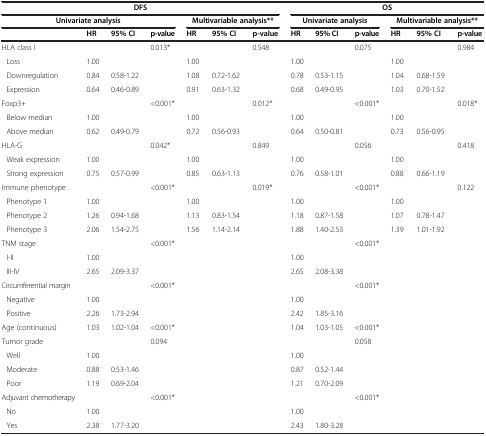
<table><thead><tr><td colspan="7"><b>DFS</b></td><td colspan="6"><b>OS</b></td></tr><tr><td colspan="4"><b>Univariate analysis</b></td><td colspan="3"><b>Multivariable analysis**</b></td><td colspan="3"><b>Univariate analysis</b></td><td colspan="3"><b>Multivariable analysis**</b></td></tr><tr><td><b> </b></td><td><b>HR</b></td><td><b>95% CI</b></td><td><b>p-value</b></td><td><b>HR</b></td><td><b>95% CI</b></td><td><b>p-value</b></td><td><b>HR</b></td><td><b>95% CI</b></td><td><b>p-value</b></td><td><b>HR</b></td><td><b>95% CI</b></td><td><b>p-value</b></td></tr></thead><tbody><tr><td>HLA class I</td><td> </td><td> </td><td>0.013*</td><td> </td><td> </td><td>0.548</td><td> </td><td> </td><td>0.075</td><td> </td><td> </td><td rowspan="4">0.984</td></tr><tr><td> Loss</td><td>1.00</td><td> </td><td> </td><td>1.00</td><td> </td><td> </td><td>1.00</td><td> </td><td> </td><td>1.00</td><td> </td></tr><tr><td> Downregulation</td><td>0.84</td><td>0.58-1.22</td><td> </td><td>1.08</td><td>0.72-1.62</td><td> </td><td>0.78</td><td>0.53-1.15</td><td> </td><td>1.04</td><td>0.68-1.59</td></tr><tr><td> Expression</td><td>0.64</td><td>0.46-0.89</td><td> </td><td>0.91</td><td>0.63-1.32</td><td> </td><td>0.68</td><td>0.49-0.95</td><td> </td><td>1.03</td><td>0.70-1.52</td></tr><tr><td>Foxp3+</td><td> </td><td> </td><td>&lt;0.001*</td><td> </td><td> </td><td>0.012*</td><td> </td><td> </td><td>&lt;0.001*</td><td> </td><td> </td><td rowspan="3">0.018*</td></tr><tr><td> Below median</td><td>1.00</td><td> </td><td> </td><td>1.00</td><td> </td><td> </td><td>1.00</td><td> </td><td> </td><td>1.00</td><td> </td></tr><tr><td> Above median</td><td>0.62</td><td>0.49-0.79</td><td> </td><td>0.72</td><td>0.56-0.93</td><td> </td><td>0.64</td><td>0.50-0.81</td><td> </td><td>0.73</td><td>0.56-0.95</td></tr><tr><td>HLA-G</td><td> </td><td> </td><td>0.042*</td><td> </td><td> </td><td>0.849</td><td> </td><td> </td><td>0.056</td><td> </td><td> </td><td rowspan="3">0.418</td></tr><tr><td> Weak expression</td><td>1.00</td><td> </td><td> </td><td>1.00</td><td> </td><td> </td><td>1.00</td><td> </td><td> </td><td>1.00</td><td> </td></tr><tr><td> Strong expression</td><td>0.75</td><td>0.57-0.99</td><td> </td><td>0.85</td><td>0.63-1.13</td><td> </td><td>0.76</td><td>0.58-1.01</td><td> </td><td>0.88</td><td>0.66-1.19</td></tr><tr><td>Immune phenotype</td><td> </td><td> </td><td>&lt;0.001*</td><td> </td><td> </td><td>0.019*</td><td> </td><td> </td><td>&lt;0.001*</td><td> </td><td> </td><td rowspan="4">0.122</td></tr><tr><td> Phenotype 1</td><td>1.00</td><td> </td><td> </td><td>1.00</td><td> </td><td> </td><td>1.00</td><td> </td><td> </td><td>1.00</td><td> </td></tr><tr><td> Phenotype 2</td><td>1.26</td><td>0.94-1.68</td><td> </td><td>1.13</td><td>0.83-1.54</td><td> </td><td>1.18</td><td>0.87-1.58</td><td> </td><td>1.07</td><td>0.78-1.47</td></tr><tr><td> Phenotype 3</td><td>2.06</td><td>1.54-2.75</td><td> </td><td>1.56</td><td>1.14-2.14</td><td> </td><td>1.88</td><td>1.40-2.53</td><td> </td><td>1.39</td><td>1.01-1.92</td></tr><tr><td>TNM stage</td><td> </td><td> </td><td>&lt;0.001*</td><td> </td><td> </td><td> </td><td> </td><td> </td><td>&lt;0.001*</td><td> </td><td> </td><td rowspan="3"> </td></tr><tr><td> I-II</td><td>1.00</td><td> </td><td> </td><td> </td><td> </td><td> </td><td>1.00</td><td> </td><td> </td><td> </td><td> </td></tr><tr><td> III-IV</td><td>2.65</td><td>2.09-3.37</td><td> </td><td> </td><td> </td><td> </td><td>2.65</td><td>2.08-3.38</td><td> </td><td> </td><td> </td></tr><tr><td>Circumferential margin</td><td> </td><td> </td><td>&lt;0.001*</td><td> </td><td> </td><td> </td><td> </td><td> </td><td>&lt;0.001*</td><td> </td><td> </td><td rowspan="3"> </td></tr><tr><td> Negative</td><td>1.00</td><td> </td><td> </td><td> </td><td> </td><td> </td><td>1.00</td><td> </td><td> </td><td> </td><td> </td></tr><tr><td> Positive</td><td>2.26</td><td>1.73-2.94</td><td> </td><td> </td><td> </td><td> </td><td>2.42</td><td>1.85-3.16</td><td> </td><td> </td><td> </td></tr><tr><td>Age (continuous)</td><td>1.03</td><td>1.02-1.04</td><td>&lt;0.001*</td><td> </td><td> </td><td> </td><td>1.04</td><td>1.03-1.05</td><td>&lt;0.001*</td><td> </td><td> </td><td> </td></tr><tr><td>Tumor grade</td><td> </td><td> </td><td>0.094</td><td> </td><td> </td><td> </td><td> </td><td> </td><td>0.058</td><td> </td><td> </td><td rowspan="4"> </td></tr><tr><td> Well</td><td>1.00</td><td> </td><td> </td><td> </td><td> </td><td> </td><td>1.00</td><td> </td><td> </td><td> </td><td> </td></tr><tr><td> Moderate</td><td>0.88</td><td>0.53-1.46</td><td> </td><td> </td><td> </td><td> </td><td>0.87</td><td>0.52-1.44</td><td> </td><td> </td><td> </td></tr><tr><td> Poor</td><td>1.19</td><td>0.69-2.04</td><td> </td><td> </td><td> </td><td> </td><td>1.21</td><td>0.70-2.09</td><td> </td><td> </td><td> </td></tr><tr><td>Adjuvant chemotherapy</td><td> </td><td> </td><td>&lt;0.001*</td><td> </td><td> </td><td> </td><td> </td><td> </td><td>&lt;0.001*</td><td> </td><td> </td><td rowspan="3"> </td></tr><tr><td> No</td><td>1.00</td><td> </td><td> </td><td> </td><td> </td><td> </td><td>1.00</td><td> </td><td> </td><td> </td><td> </td></tr><tr><td> Yes</td><td>2.38</td><td>1.77-3.20</td><td> </td><td> </td><td> </td><td> </td><td>2.43</td><td>1.80-3.28</td><td> </td><td> </td><td> </td></tr></tbody></table>